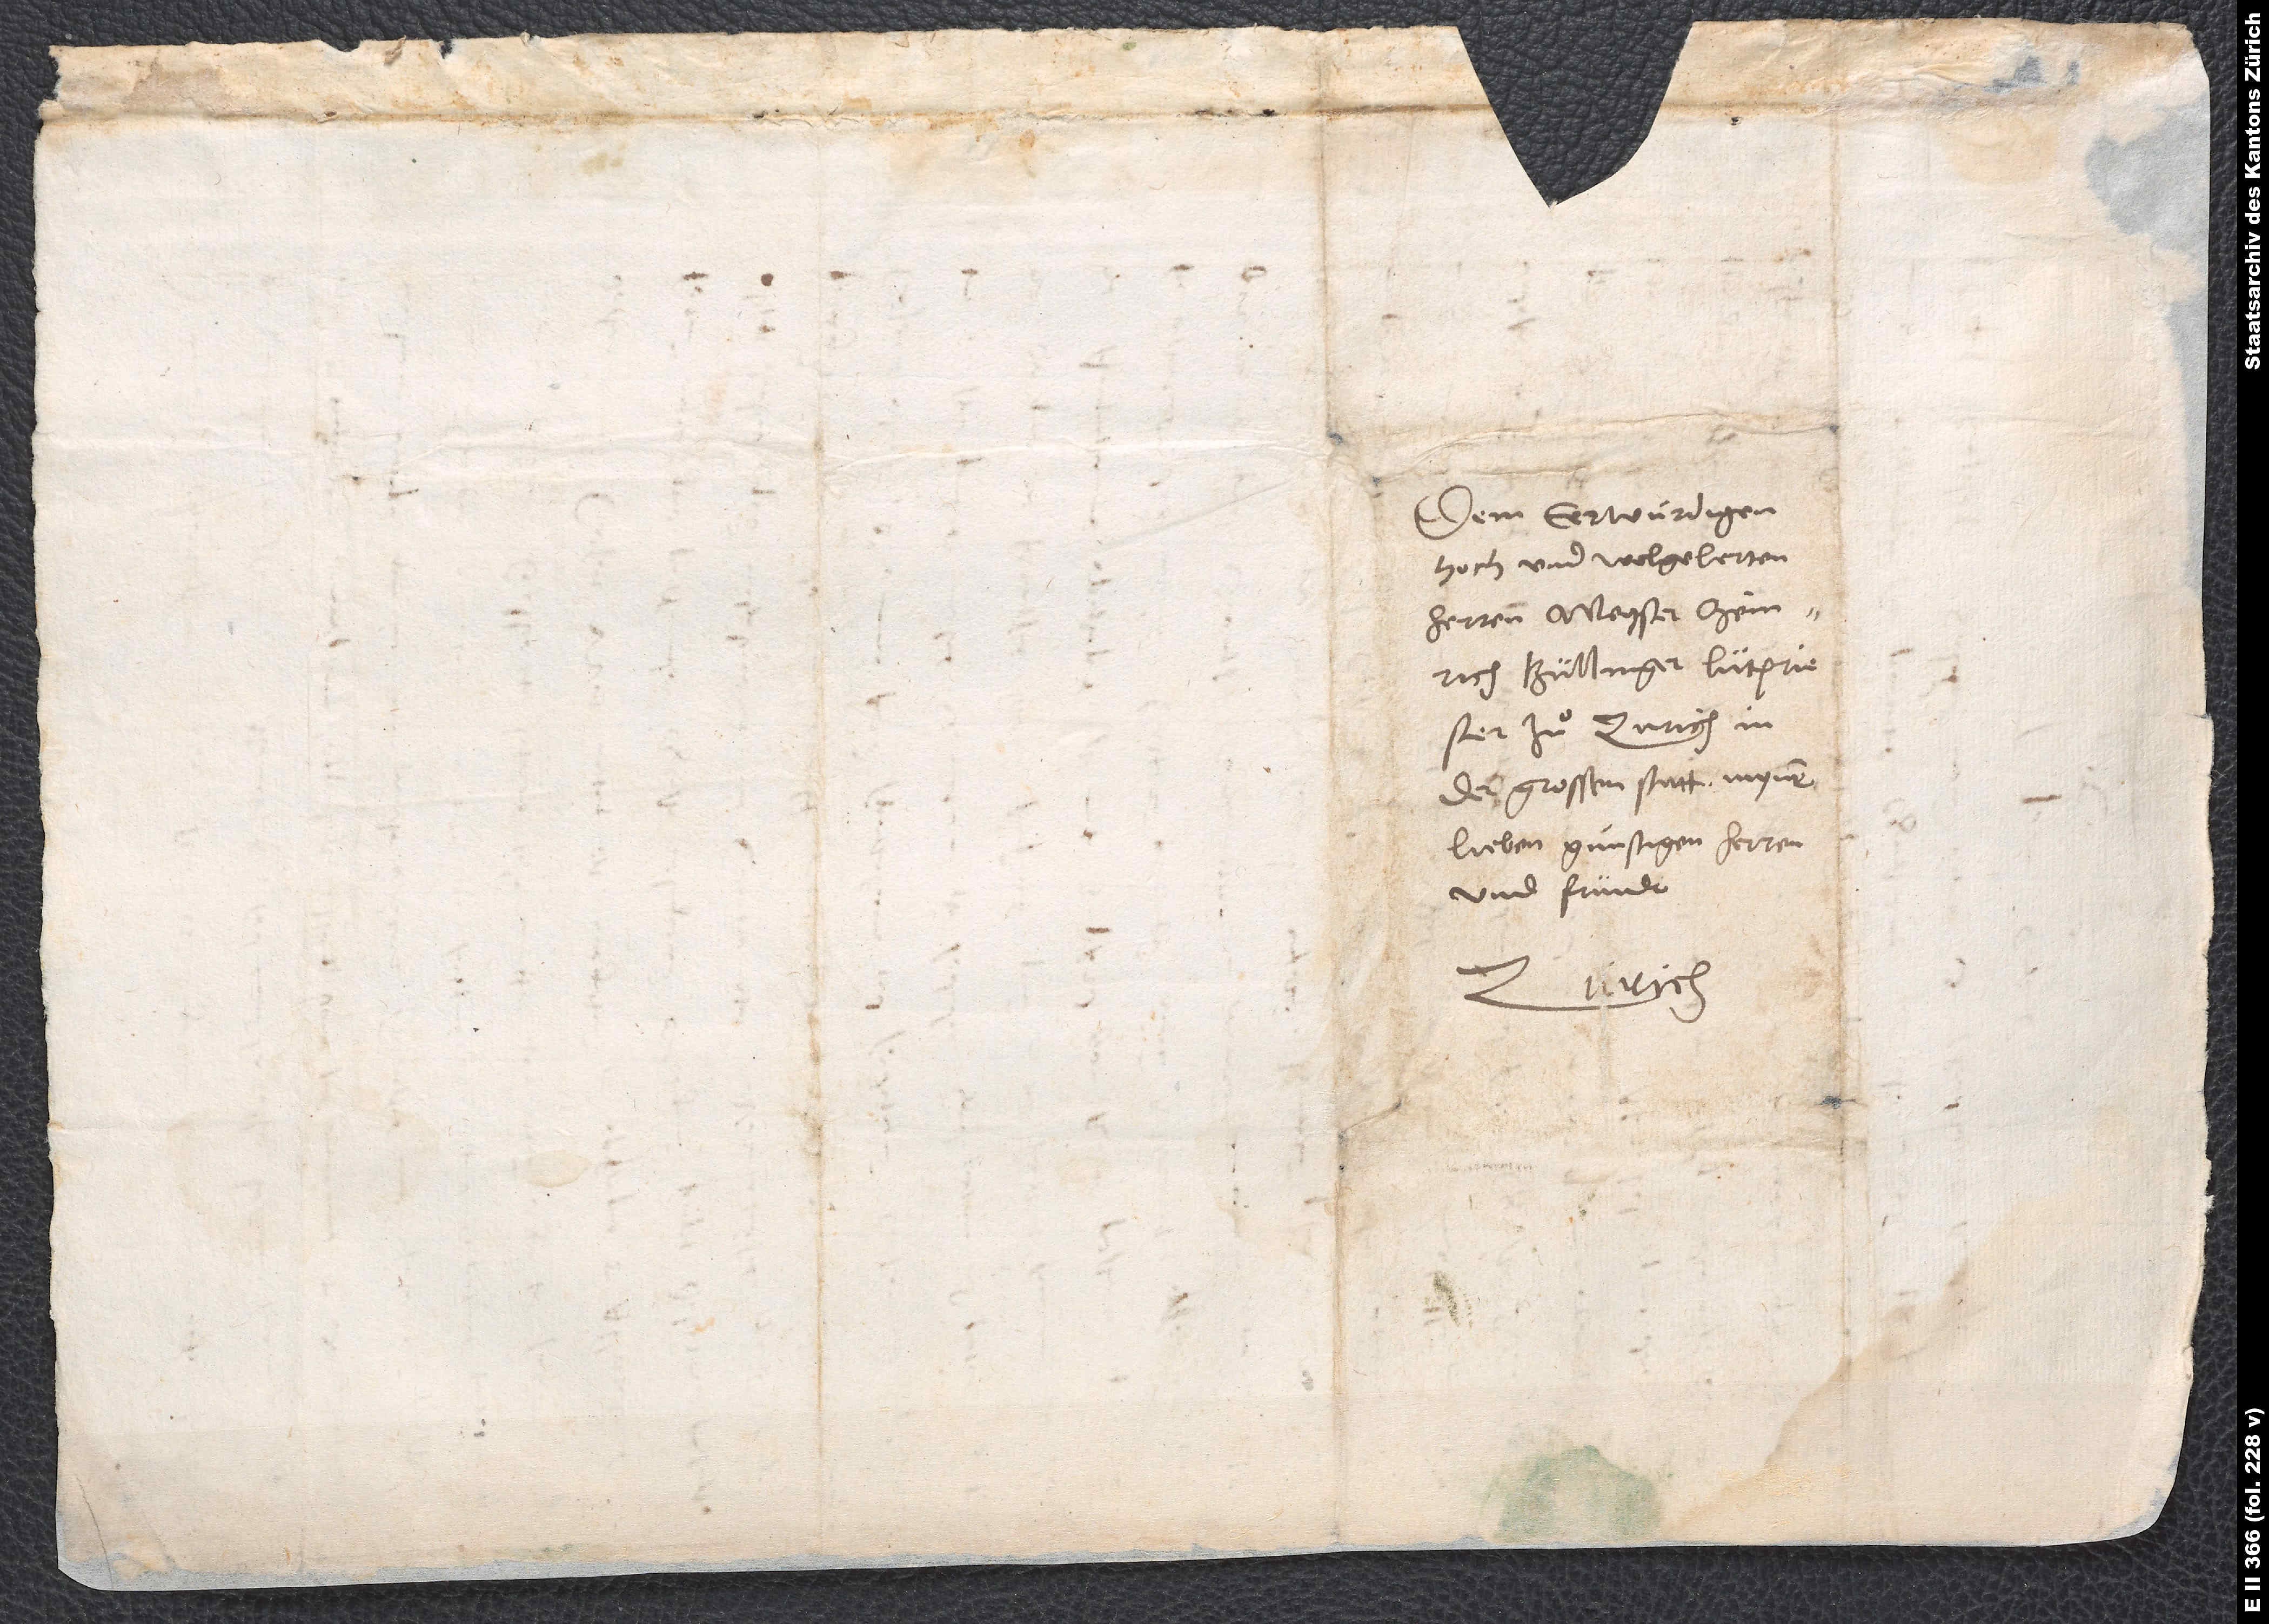
Dem eerwürdigen,
hoch- und wolgelerten
herren meyster Heinrich
Büllinger, lütpriester
zuͦ Zurich in
der grossen statt, mynem
lieben, günstigen herren
und fründt.
Zurich.